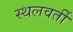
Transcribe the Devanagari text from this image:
स्थलवर्ती